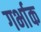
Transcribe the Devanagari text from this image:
गर्भाक